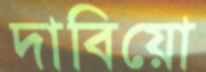
দাবিয়ো